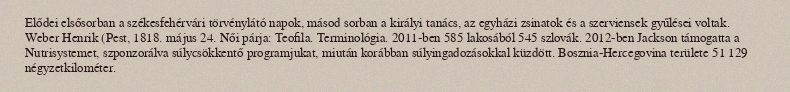
Elődei elsősorban a székesfehérvári törvénylátó napok, másod sorban a királyi tanács, az egyházi zsinatok és a szerviensek gyűlései voltak. Weber Henrik (Pest, 1818. május 24. Női párja: Teofila. Terminológia. 2011-ben 585 lakosából 545 szlovák. 2012-ben Jackson támogatta a Nutrisystemet, szponzorálva súlycsökkentő programjukat, miután korábban súlyingadozásokkal küzdött. Bosznia-Hercegovina területe 51 129 négyzetkilométer.